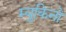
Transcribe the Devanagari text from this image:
म्युकिनो